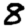
Digit: 8